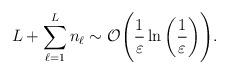
LaTeX: \begin{align*}L+\sum_{\ell=1}^L n_\ell \sim \mathcal{O}\Bigg( \frac{1}{\varepsilon}\ln\bigg(\frac{1}{\varepsilon}\bigg)\Bigg). \end{align*}